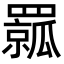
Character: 𦌦